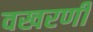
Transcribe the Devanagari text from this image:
वखरणी